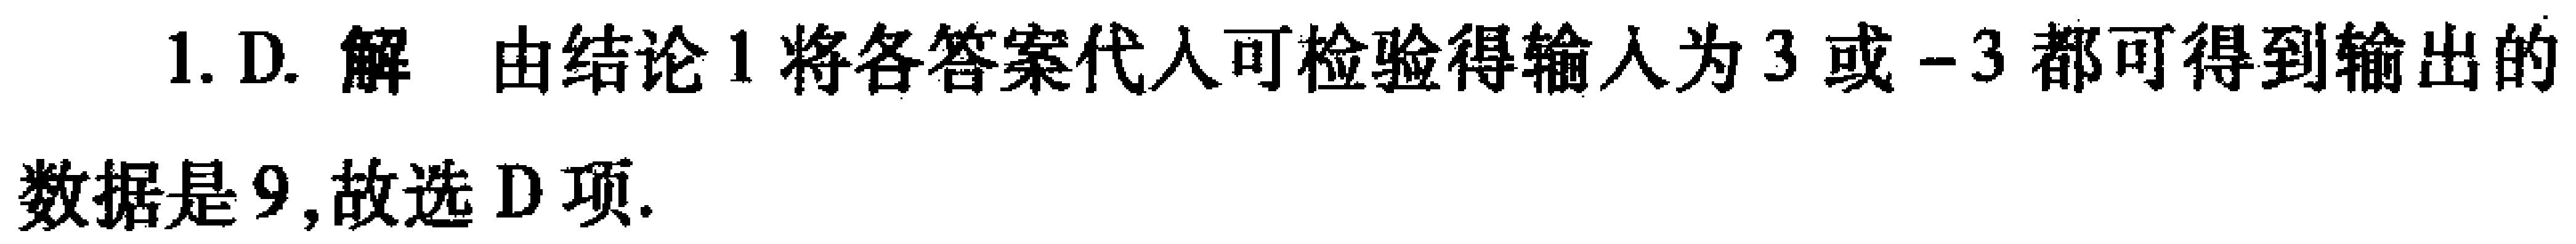
1. D. 解 由结论1将各答案代入可检验得输入为\(3\)或\(-3\)都可得到输出的数据是\(9\),故选D项.